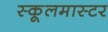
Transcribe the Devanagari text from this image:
स्कूलमास्टर